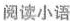
阅读小语